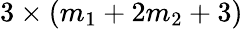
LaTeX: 3\times(m_{1}+2m_{2}+3)